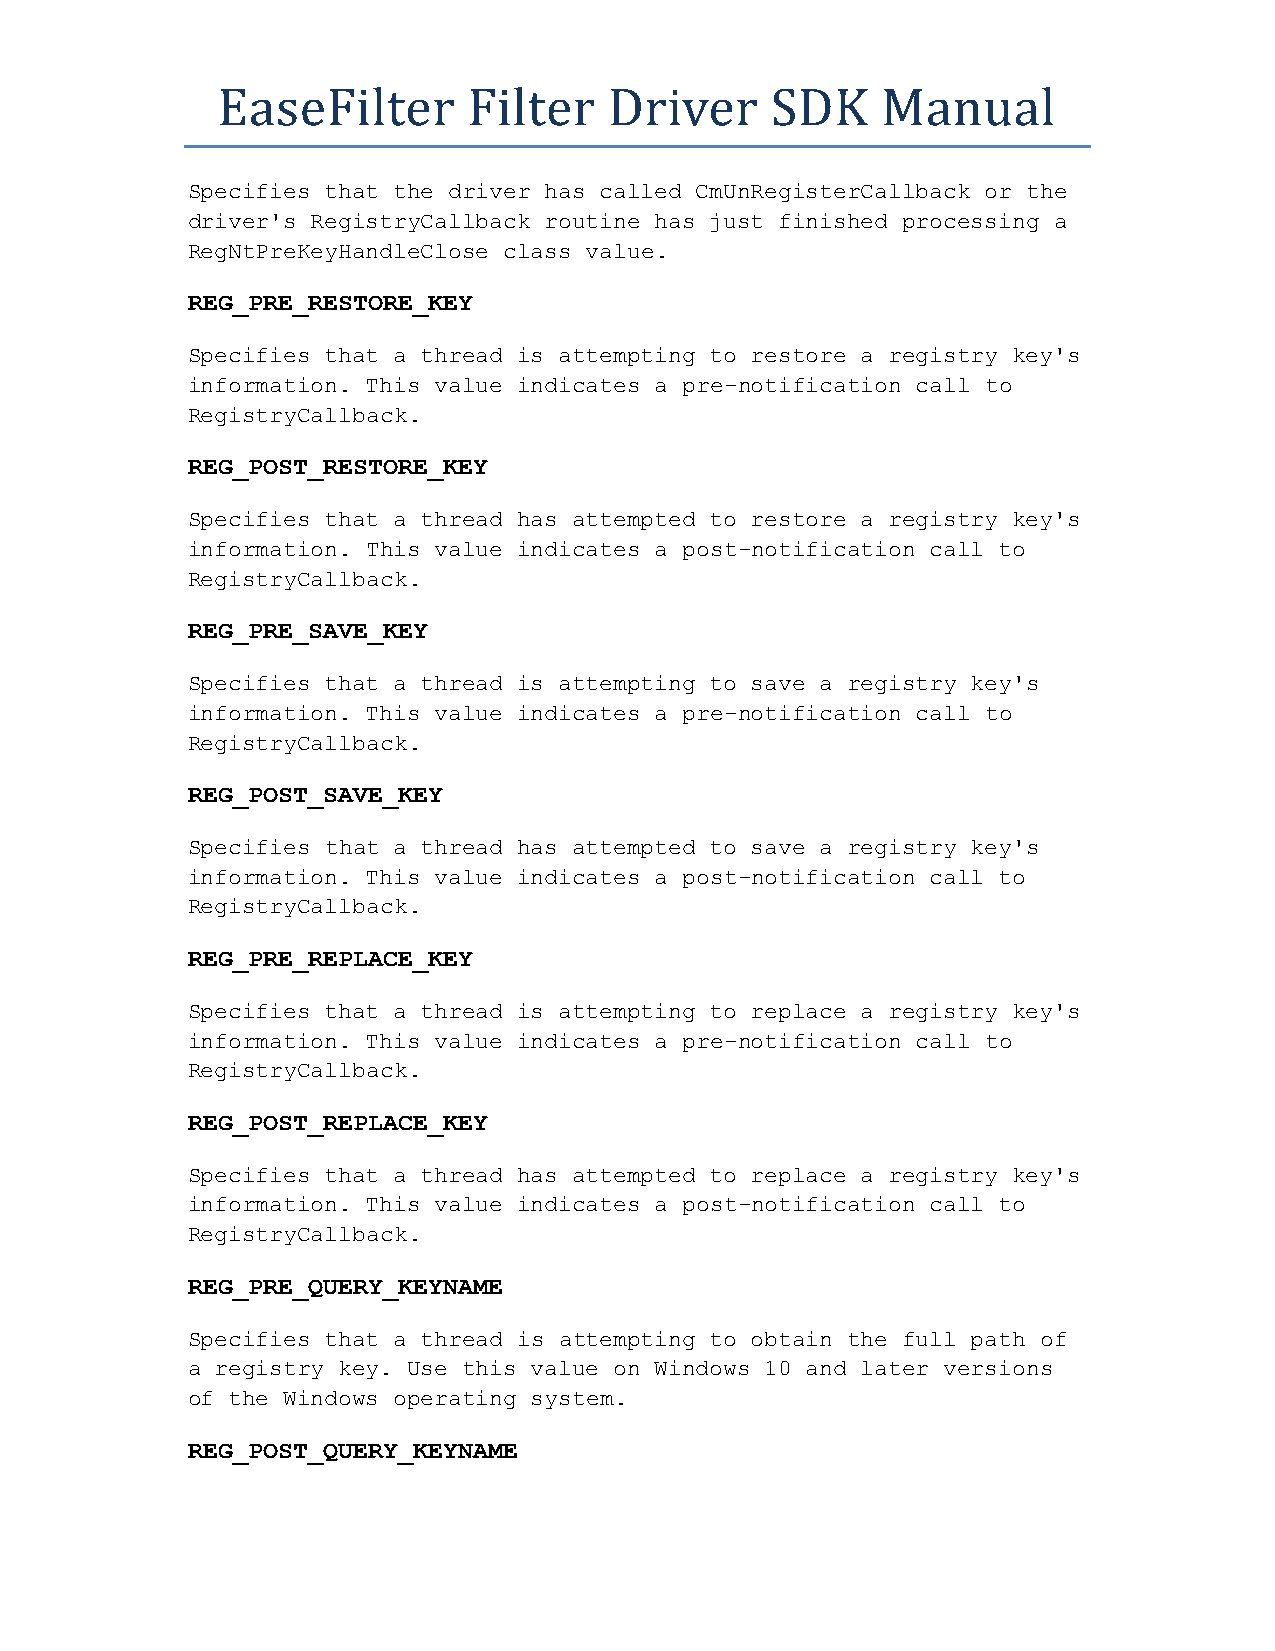
EaseFilter       Filter   Driver     SDK    Manual
 Specifies that the driver has called CmUnRegisterCallback or the
 driver's RegistryCallback routine has just finished processing a
 RegNtPreKeyHandleClose class value.
 REG_PRE_RESTORE_KEY
 Specifies that a thread is attempting to restore a registry key's
 information. This value indicates a pre-notification call to
 RegistryCallback.
 REG_POST_RESTORE_KEY
 Specifies that a thread has attempted to restore a registry key's
 information. This value indicates a post-notification call to
 RegistryCallback.
 REG_PRE_SAVE_KEY
 Specifies that a thread is attempting to save a registry key's
 information. This value indicates a pre-notification call to
 RegistryCallback.
 REG_POST_SAVE_KEY
 Specifies that a thread has attempted to save a registry key's
 information. This value indicates a post-notification call to
 RegistryCallback.
 REG_PRE_REPLACE_KEY
 Specifies that a thread is attempting to replace a registry key's
 information. This value indicates a pre-notification call to
 RegistryCallback.
 REG_POST_REPLACE_KEY
 Specifies that a thread has attempted to replace a registry key's
 information. This value indicates a post-notification call to
 RegistryCallback.
 REG_PRE_QUERY_KEYNAME
 Specifies that a thread is attempting to obtain the full path of
 a registry key. Use this value on Windows 10 and later versions
 of the Windows operating system.
 REG_POST_QUERY_KEYNAME